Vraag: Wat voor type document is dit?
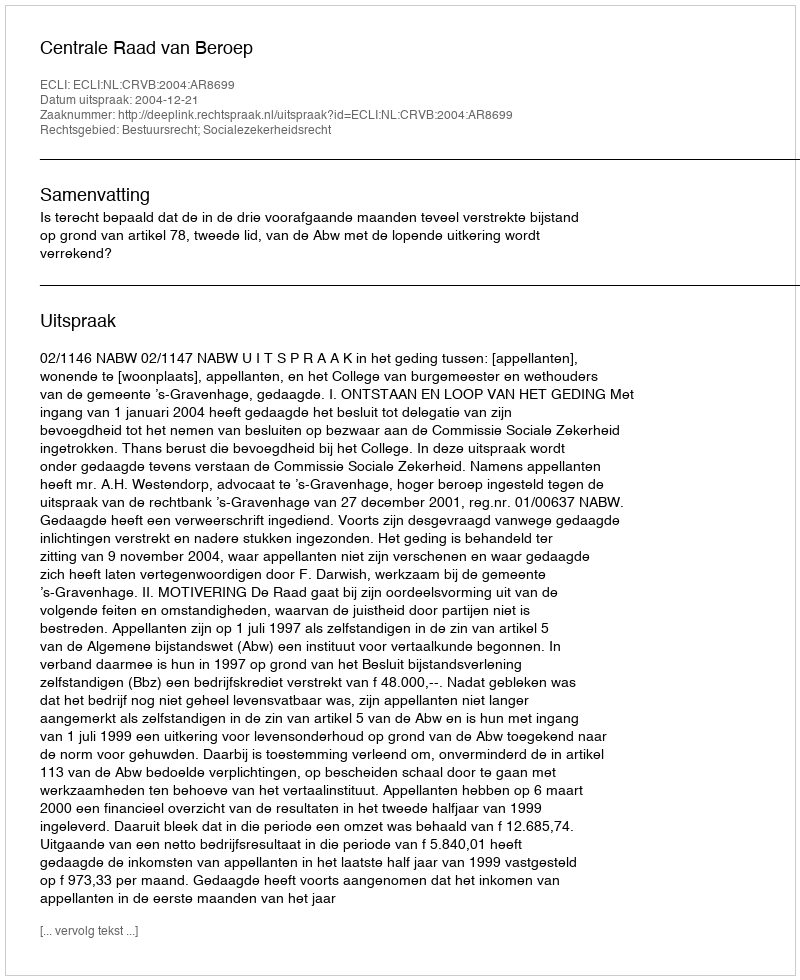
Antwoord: Uitspraak